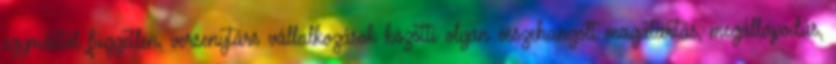
egymástól független, versenytárs vállalkozások közötti olyan összehangolt magatartás, megállapodás,